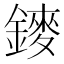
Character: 䥑